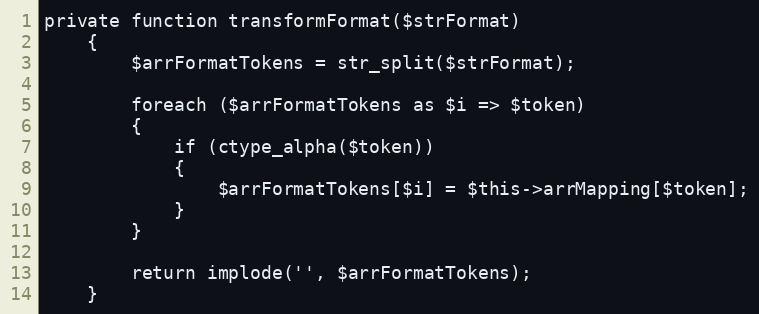
Language: PHP
private function transformFormat($strFormat)
	{
		$arrFormatTokens = str_split($strFormat);

		foreach ($arrFormatTokens as $i => $token)
		{
			if (ctype_alpha($token))
			{
				$arrFormatTokens[$i] = $this->arrMapping[$token];
			}
		}

		return implode('', $arrFormatTokens);
	}